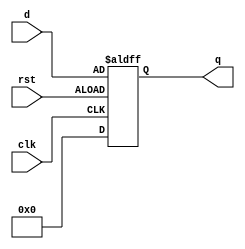
/* 
writer:liyiming 
date: 2018/11/13
version: 0.0
module: dff
func: D
*/
module dff32(
    d,
    clk,
    rst,
    q
);
    input [31:0]d;
    input clk,rst;
    output [31:0]q;
    reg [31:0]q;
    always @(posedge clk, posedge rst) begin
        if(rst == 0) q<=0;
        else q<=d;
    end
endmodule